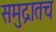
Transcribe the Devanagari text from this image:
समुद्रातच